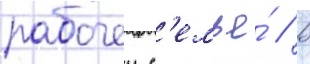
рабочеи с'емье́ // В